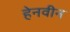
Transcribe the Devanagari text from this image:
हेनवीन